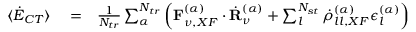
\begin{array} { r l r } { \langle \dot { E } _ { C T } \rangle } & { { } = } & { \frac { 1 } { N _ { t r } } \sum _ { \alpha } ^ { N _ { t r } } \left( \mathbf { F } _ { \nu , X F } ^ { ( \alpha ) } \cdot \dot { \mathbf { R } } _ { \nu } ^ { ( \alpha ) } + \sum _ { l } ^ { N _ { s t } } \dot { \rho } _ { l l , X F } ^ { ( \alpha ) } \epsilon _ { l } ^ { ( \alpha ) } \right) } \end{array}